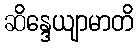
ဆိန္ဒေယျာမာတိ